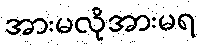
အားမလိုအားမရ